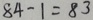
8 4 - 1 = 8 3